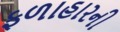
ફળાહારની